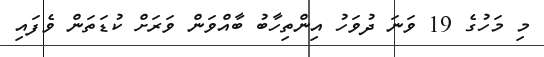
މި މަހުގެ 19 ވަނަ ދުވަހު އިންތިހާބު ބާއްވަން ވަރަށް ކުޑަތަން ވެފައި